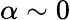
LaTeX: \alpha\sim 0